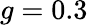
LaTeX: g=0.3